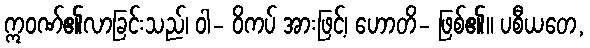
ဣဝဏ်၏လာခြင်းသည်၊ ဝါ- ဝိကပ် အားဖြင့်၊ ဟောတိ- ဖြစ်၏။ ပစီယတေ,